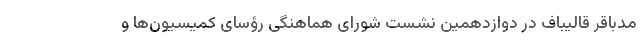
مدباقر قالیباف در دوازدهمین نشست شورای هماهنگی رؤسای کمیسیون‌ها و